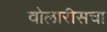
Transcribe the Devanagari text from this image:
वोलारीसचा